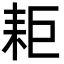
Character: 耟